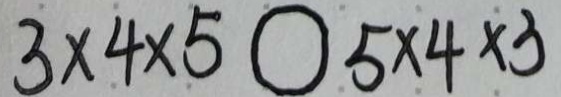
3 \times 4 \times 5 c i r c 5 \times 4 \times 3